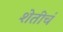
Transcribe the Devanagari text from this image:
शेतीचं